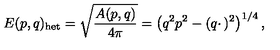
E ( p , q ) _ { \mathrm { h e t } } = \sqrt { \frac { A ( p , q ) } { 4 \pi } } = \left( q ^ { 2 } p ^ { 2 } - ( q \cdotp ) ^ { 2 } \right) ^ { 1 / 4 } ,